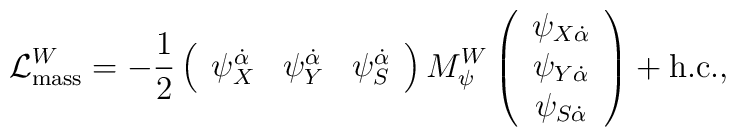
{\cal L}_{\rm mass}^{W} = - {1 \over 2}    \left(    \begin{array}{ccc}     \psi_X^{\dot\alpha} & \psi_Y^{\dot\alpha} & \psi_S^{\dot\alpha}    \end{array}    \right)    M_\psi^W    \left(    \begin{array}{c}     \psi_{X\dot\alpha} \\ \psi_{Y\dot\alpha} \\ \psi_{S\dot\alpha}    \end{array}    \right)   + {\rm h.c.},